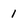
Character: 1